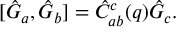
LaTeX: [ \hat { G } _ { a } , \hat { G } _ { b } ] = \hat { C } _ { a b } ^ { c } ( q ) \hat { G } _ { c } .